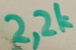
Text: 2,2k